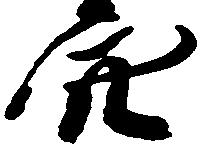
穴